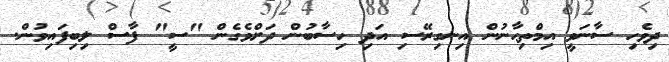
ދިވެހި ސާނަވީ އިމްތިޙާނުން އިނގިރޭސި އަދި ހިސާބުން ދަށްވެގެން "ސީ" ފާސް ލިބިފައިވުން.